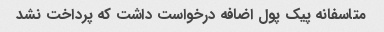
متاسفانه پیک پول اضافه درخواست داشت که پرداخت نشد